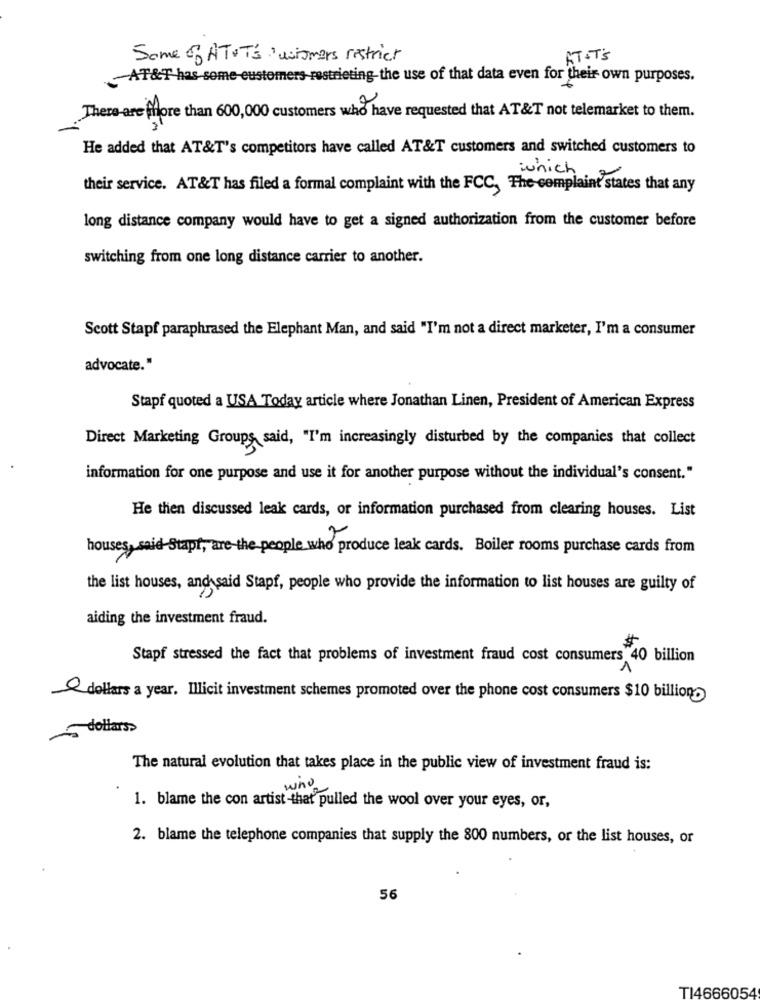
Some of ATIT'S wismers restrict
AT&T'S
-AT&T has some customers restricting-the use of that data even for their own purposes.
There are fiore than 600, 000 customers who have requested that AT&T not telemarket to them.
He added that AT&T's competitors have called AT&T customers and switched customers to
which
their service. AT&T has filed a formal complaint with the FCC, The complaint states that any
long distance company would have to get a signed authorization from the customer before
switching from one long distance carrier to another.
Scott Stapf paraphrased the Elephant Man, and said "I'm not a direct marketer, I'm a consumer
advocate."
Stapf quoted a USA Today article where Jonathan Linen, President of American Express
Direct Marketing Groups said, "I'm increasingly disturbed by the companies that collect
information for one purpose and use it for another purpose without the individual's consent."
He then discussed leak cards, or information purchased from clearing houses. List
houses, said Stapt, are the people who produce leak cards. Boiler rooms purchase cards from
the list houses, and said Stapf, people who provide the information to list houses are guilty of
aiding the investment fraud.
Stapf stressed the fact that problems of investment fraud cost consumers 40 billion
1
& dollars a year. Illicit investment schemes promoted over the phone cost consumers $10 billion
dollars>
The natural evolution that takes place in the public view of investment fraud is:
who
1. blame the con artist -that pulled the wool over your eyes, or,
2. blame the telephone companies that supply the 800 numbers, or the list houses, or
56
TI4666054